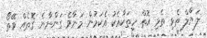
ލަޔާލް ތެޅި ތެޅި އޮތް ހިތަކާއެކު އެކަމުން މަނާވެ ގަންނާނެ ގޮތެއް ވޭތޯ